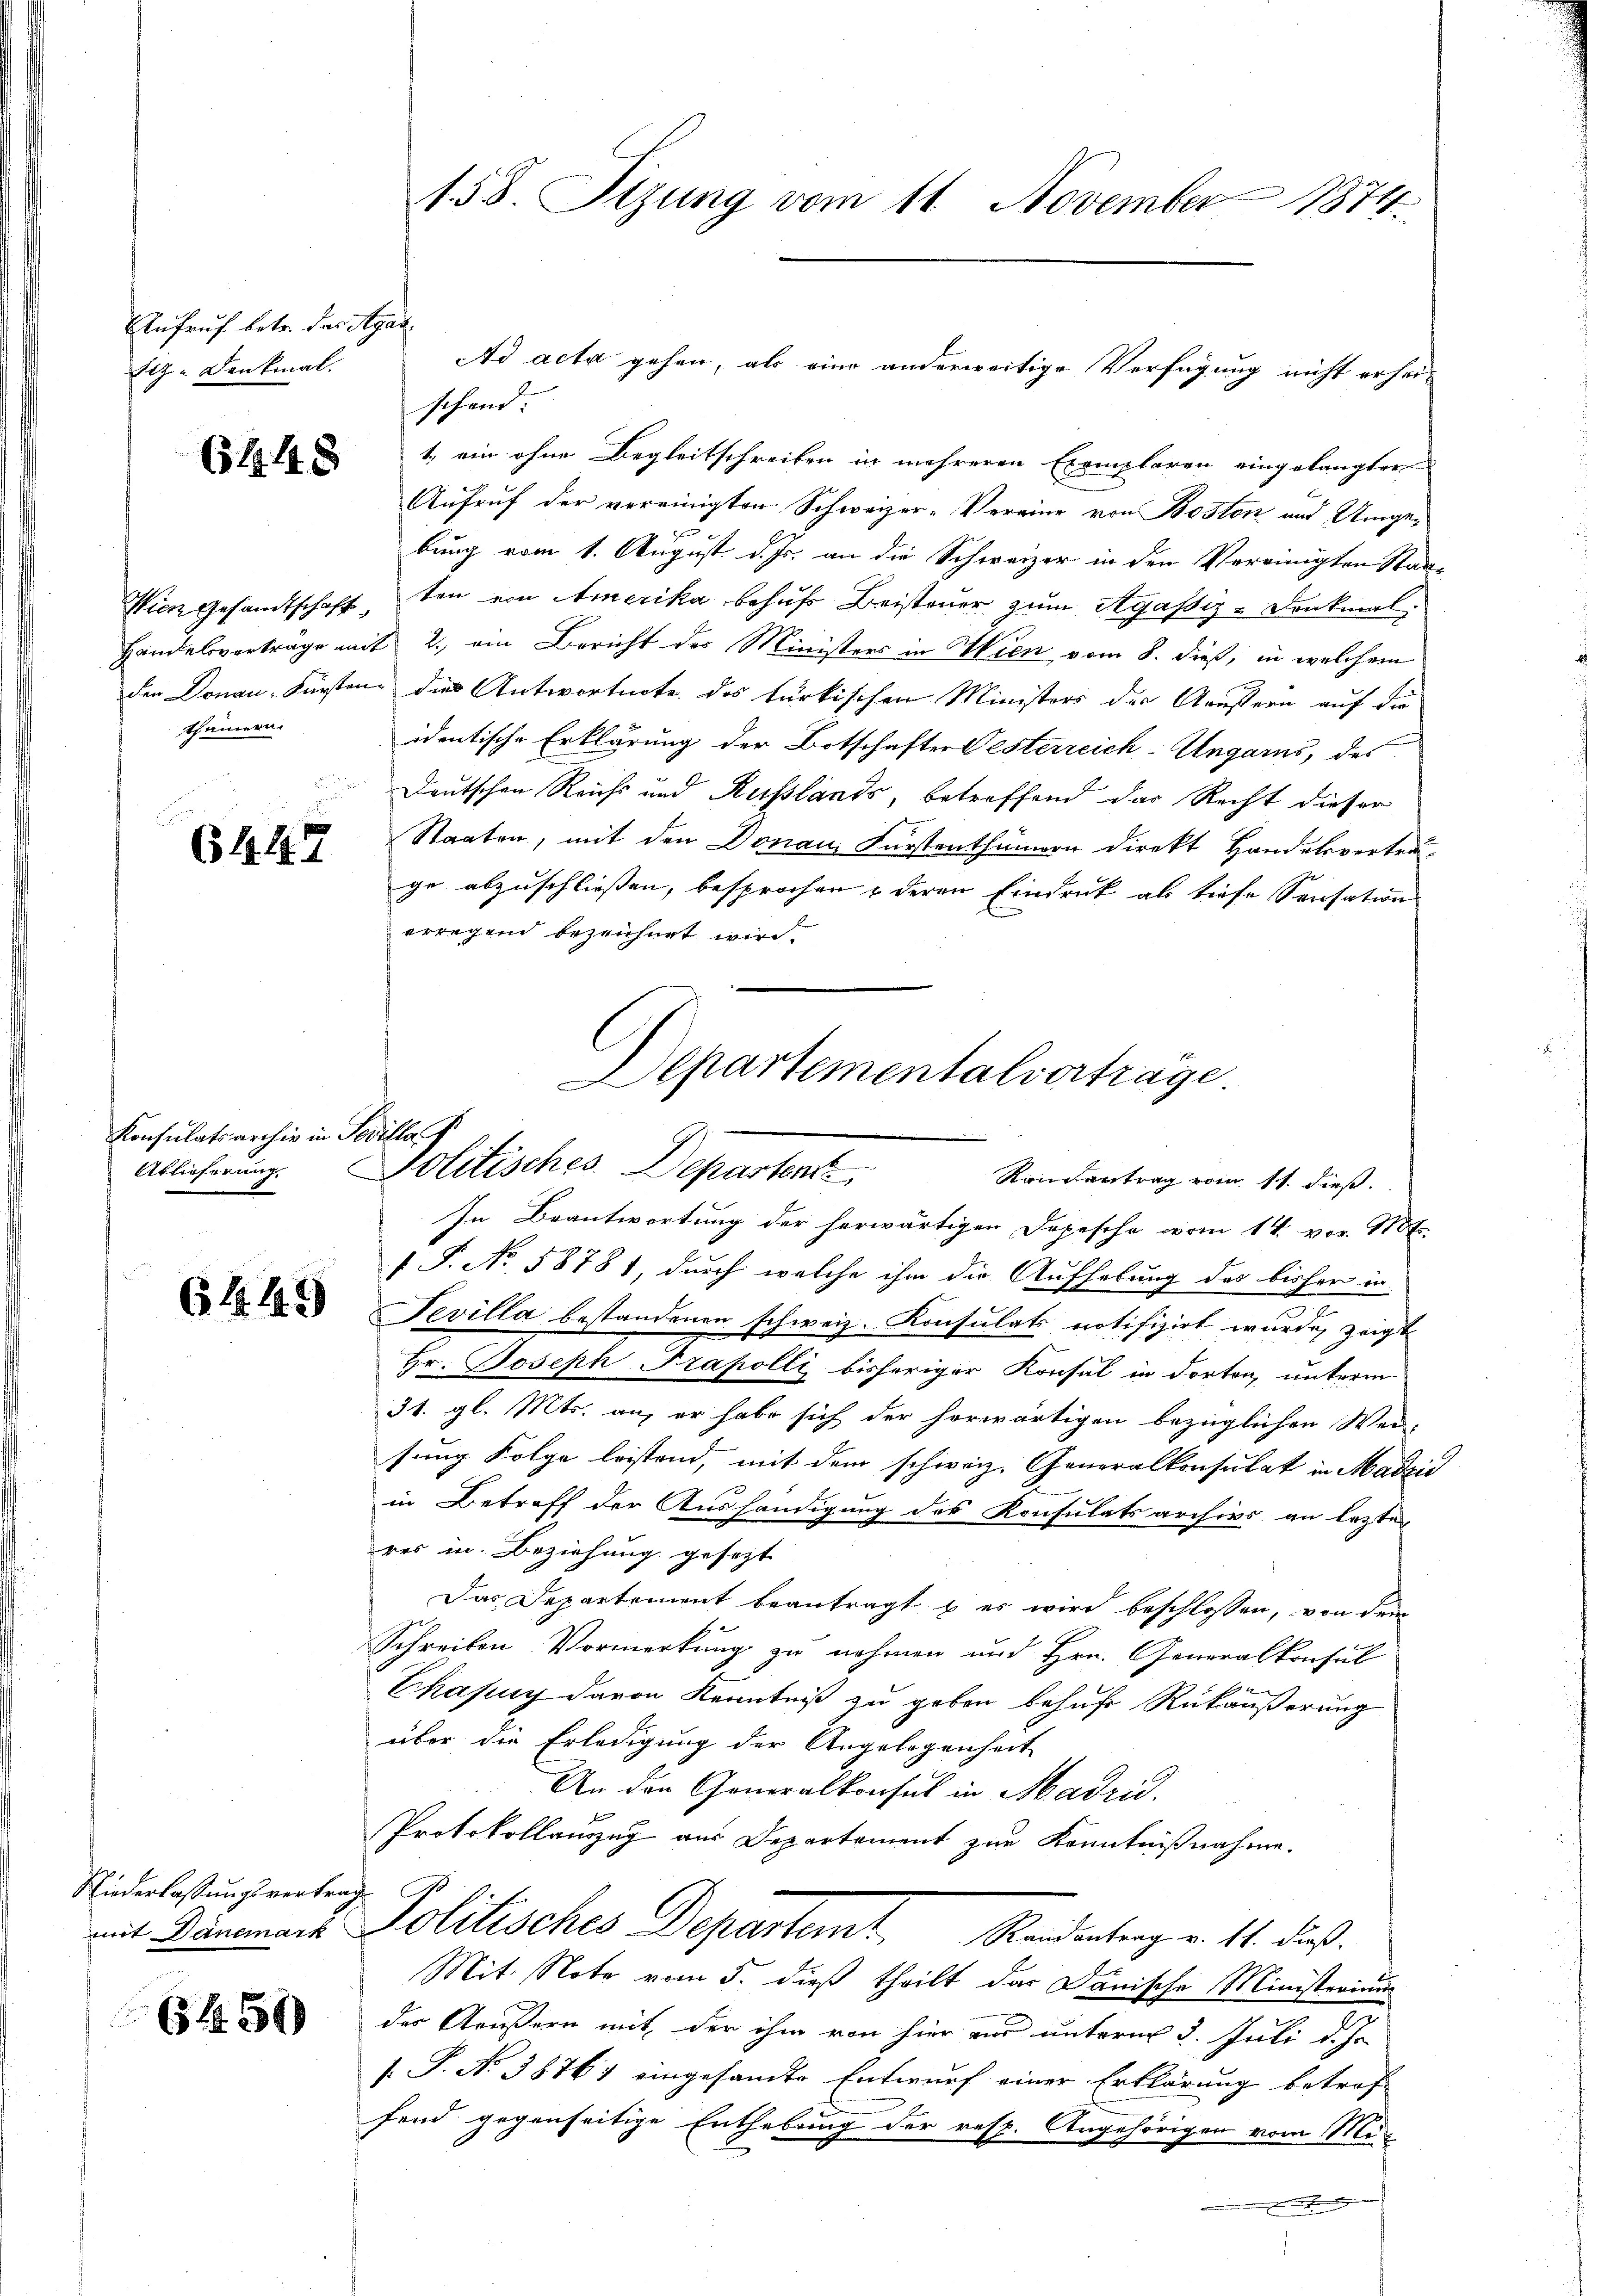
Aufruf betr. das Agas¬
Etz. Denkmal.

6448

thümern.

6447

Konsulatsarchiv in Pavillar
Ablieferung

64. 41)

Niederlassungsvertrag

(1456

158. Stzung vom 11. November 1874.

schand. |
1., ein ohne Begleitschreiben in mehreren Exemplaren eingelangter
Aufruf der vereinigten Schweizer-Vereine von Boston und Umge-
bung vom 1. August d. Js. an die Schweizer in den Vereinigten Stadt¬
Wien Gesandtschaft, ten von Amerika behufs Beisteuer zum Agassiz-Denkmal.
Handelsverträge mit 2., ein Bericht des Ministers in Wien vom 8. dieß, in welchem
den Donau-Fürsten dies Antwortnote des türkischen Ministers der Aeußern auf die
identische Erklärung der Botschafter Oesterreich-Ungarns, des
Deutschen Reichs und Russlands, betreffend das Recht dieser
Staaten, mit den Donau, Fürstenthümern direkt Handelsvertra
ge abzuschließen, besprochen, deren Eindruck als tiefe Sensation
erregend bezeichnet wir

Departementalvertrage.
Politisches Departent
Raisantrag vom 11. dieß.

In Beantwortung der herwärtigen Depesche vom 14. vor 118 f.
f S. No. 58781, durch welche ihm die Aufhebung des bisher in
Tevilla bestandenen schweiz. Konsulats notifizirt wurde, zeigt
Hr. Joseph Frapolli bisheriger Konsul in dorten, unterm
31. gl. Mts. an, er habe sich der herwärtigen bezüglichen Wei
sung Folge leistend, mit dem schweiz. Generalkonsulat in Madzić
in Betreff der Aushändigung des Konsulats archivs an lezte
res in Beziehung gesezt
Das Departement beantragt & es wird beschlossen, von dem
Schreiben Vormerkung zu nehmen und Hrn. Generalkonsul
Ekasing davon Kenntniß zu geben behuf Rükäußerung
über die Erledigung der Angelegenheit
An den Generalkonsul in Madrid.
Protokollauszug aus Departement zur Kenntnißnahme.
mit Dumonar Politisches Departemt, Rendentrag v. 141. dieß.
Mit. Note vom 5. dieß theilt das Dänische Ministerium
der Aeußern mit der ihm von hier zur unterm 3. Juli d. Js.
s. P. Nr. 38761 eingesandte Entwurf einer Erklärung betref
fend gegenseitige Enthebung der resp. Angehörigen vom Minen der sich

Ad acta gehen, als eine anderweitige Verfügung nicht erhei-